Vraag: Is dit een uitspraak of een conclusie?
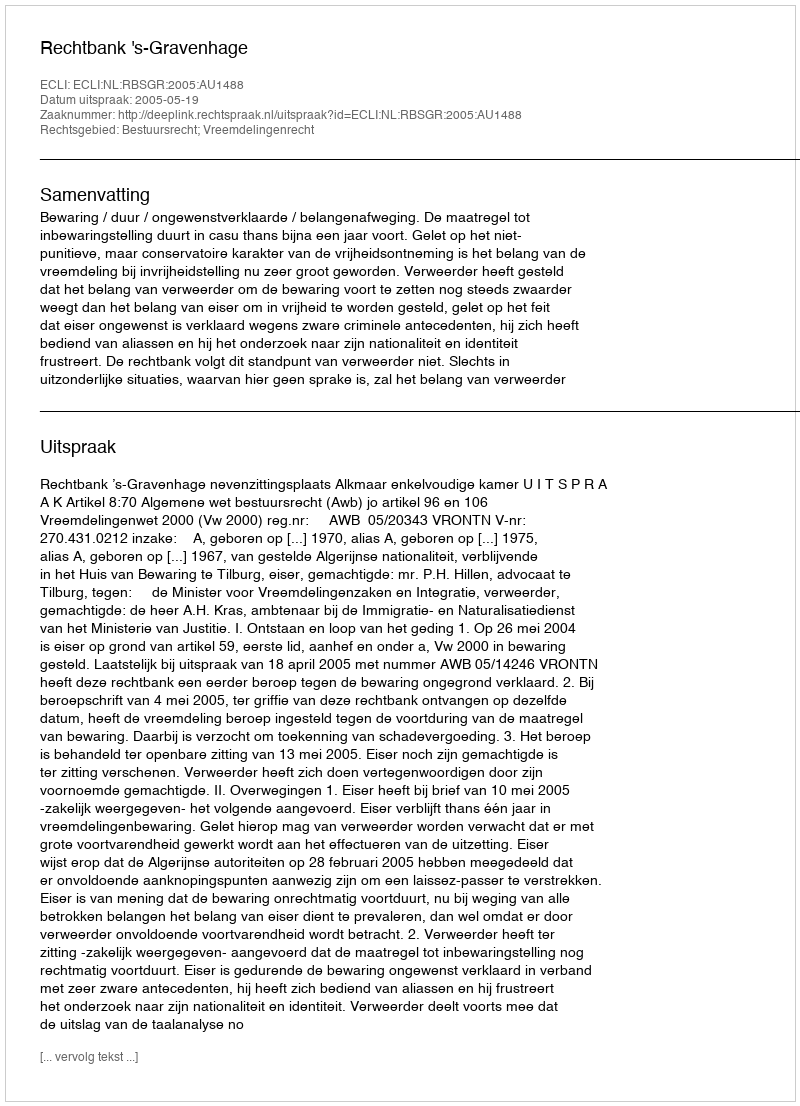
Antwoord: Uitspraak